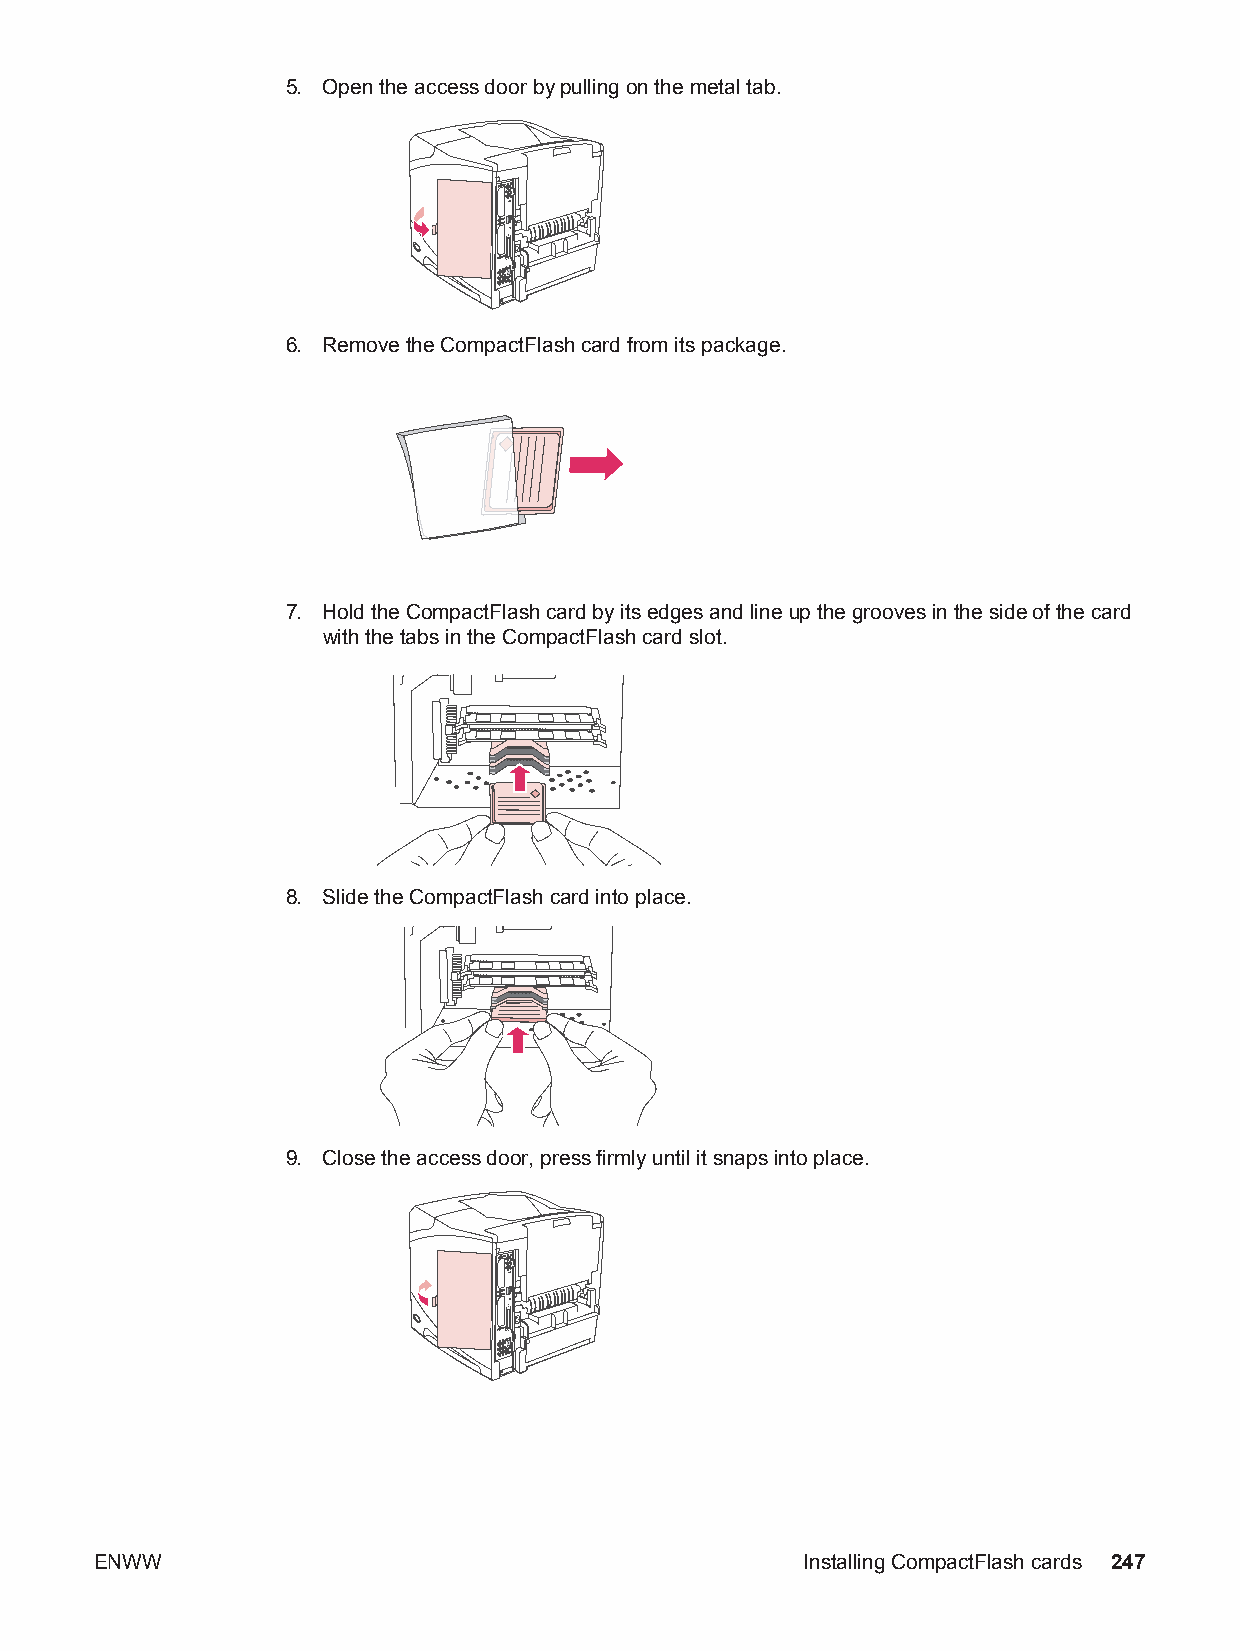
5. Open the access door by pulling on the metal tab.
 6. Remove the CompactFlash card from its package.
 7. Hold the CompactFlash card by its edges and line up the grooves in the side of the card
 with the tabs in the CompactFlash card slot.
 8. Slide the CompactFlash card into place.
 E N W W
 9 . C lo s e th e a c c e s s d o o r , p r e s s fir m ly u n til it s n a p s in to p
 In
 la c
 s ta
 e .
 llin g C o m p a c tF la s h c a r d s 2 4 7